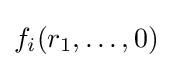
f_{i}(r_{1},\dots ,0)